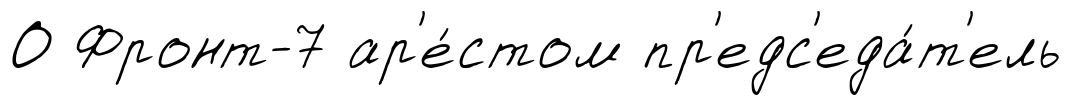
О Фронт-7 ар'е́стом пр'едс'еда́т'ель